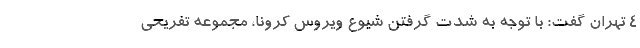
۴ تهران گفت: با توجه به شدت گرفتن شیوع ویروس کرونا، مجموعه تفریحی